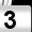
Digit: 3